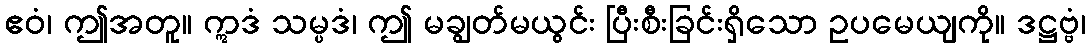
ဧဝံ၊ ဤအတူ။ ဣဒံ သမ္ပဒံ၊ ဤ မချွတ်မယွင်း ပြီးစီးခြင်းရှိသော ဥပမေယျကို။ ဒဋ္ဌဗ္ဗံ၊